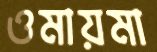
ওমায়মা